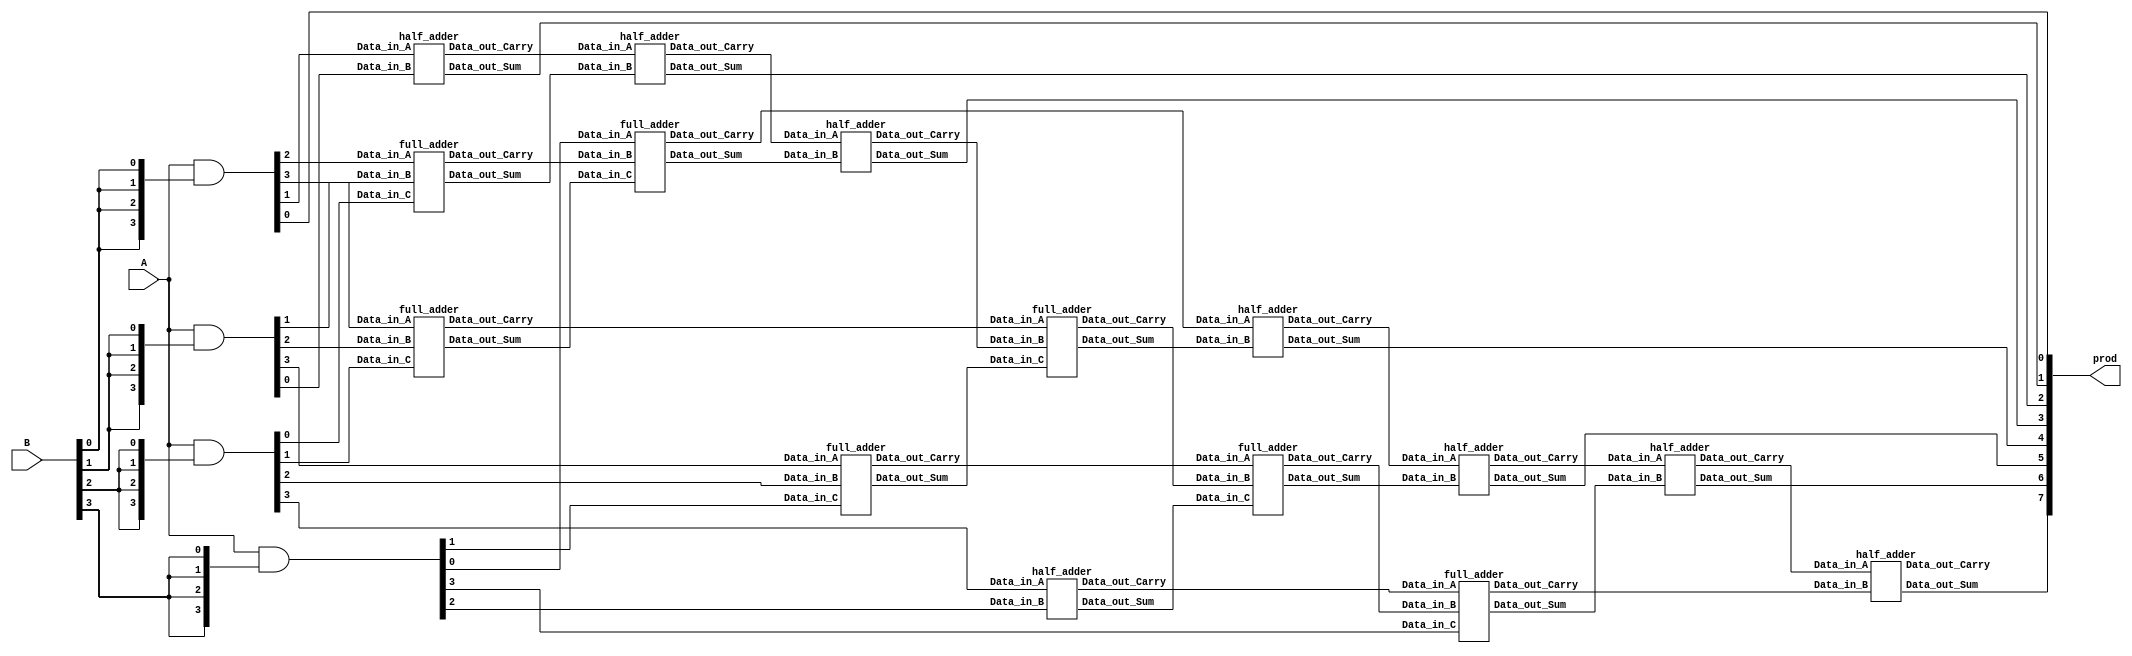
`timescale 1ns / 1ps
module wallatree(A,B,prod);
    
    //inputs and outputs
    input [3:0] A,B;
    output [7:0] prod;
    //internal variables.
    wire s11,s12,s13,s14,s15,s22,s23,s24,s25,s26,s32,s33,s34,s35,s36,s37;
    wire c11,c12,c13,c14,c15,c22,c23,c24,c25,c26,c32,c33,c34,c35,c36,c37;
    wire [6:0] p0,p1,p2,p3;

//initialize the p's.
    assign  p0 = A & {4{B[0]}};
    assign  p1 = A & {4{B[1]}};
    assign  p2 = A & {4{B[2]}};
    assign  p3 = A & {4{B[3]}};

//final product assignments    
    assign prod[0] = p0[0];
    assign prod[1] = s11;
    assign prod[2] = s22;
    assign prod[3] = s32;
    assign prod[4] = s34;
    assign prod[5] = s35;
    assign prod[6] = s36;
    assign prod[7] = s37;

//first stage
    half_adder ha11 (p0[1],p1[0],s11,c11);
    full_adder fa12(p0[2],p1[1],p2[0],s12,c12);
    full_adder fa13(p0[3],p1[2],p2[1],s13,c13);
    full_adder fa14(p1[3],p2[2],p3[1],s14,c14);
    half_adder ha15(p2[3],p3[2],s15,c15);

//second stage
    half_adder ha22 (c11,s12,s22,c22);
    full_adder fa23 (p3[0],c12,s13,s23,c23);
    full_adder fa24 (c13,c32,s14,s24,c24);
    full_adder fa25 (c14,c24,s15,s25,c25);
    full_adder fa26 (c15,c25,p3[3],s26,c26);

//third stage
    half_adder ha32(c22,s23,s32,c32);
    half_adder ha34(c23,s24,s34,c34);
    half_adder ha35(c34,s25,s35,c35);
    half_adder ha36(c35,s26,s36,c36);
    half_adder ha37(c36,c26,s37,c37);

endmodule

module half_adder(
    Data_in_A,
    Data_in_B,
    Data_out_Sum,
    Data_out_Carry
    );

    //what are the input ports.
    input Data_in_A;
    input Data_in_B;
    //What are the output ports.
    output Data_out_Sum;
     output Data_out_Carry;
     
     //Implement the Sum and Carry equations using Verilog Bit operators.
     assign Data_out_Sum = Data_in_A ^ Data_in_B;  //XOR operation
     assign Data_out_Carry = Data_in_A & Data_in_B; //AND operation
    
endmodule

module full_adder(
    Data_in_A,  //input A
    Data_in_B,  //input B
    Data_in_C,  //input C
     Data_out_Sum,
     Data_out_Carry
    );

    //what are the input ports.
    input Data_in_A;
    input Data_in_B;
     input Data_in_C;
    //What are the output ports.
    output Data_out_Sum;
     output Data_out_Carry;
     //Internal variables
     wire ha1_sum;
     wire ha2_sum;
     wire ha1_carry;
     wire ha2_carry;
     wire Data_out_Sum;
     wire Data_out_Carry;

     //Instantiate the half adder 1
    half_adder  ha1(
        .Data_in_A(Data_in_A),
        .Data_in_B(Data_in_B),
        .Data_out_Sum(ha1_sum),
        .Data_out_Carry(ha1_carry)
    );
    
    //Instantiate the half adder 2
    half_adder  ha2(
        .Data_in_A(Data_in_C),
        .Data_in_B(ha1_sum),
        .Data_out_Sum(ha2_sum),
        .Data_out_Carry(ha2_carry)
    );

    //sum output from 2nd half adder is connected to full adder output
    assign Data_out_Sum = ha2_sum;  
    //The carry's from both the half adders are OR'ed to get the final carry./
    assign Data_out_Carry = ha1_carry | ha2_carry;
    
endmodule